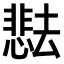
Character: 𫨰